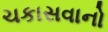
ચકાસવાનો